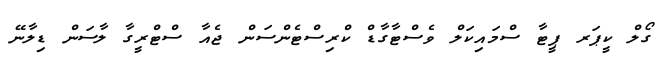
ގޯލް ކީޕަރ ޕީޓާ ސްމައިކަލް ވެސްޓާގާޑް ކްރިސްޓެންސަން ޖެއާ ސްޓްރީގާ ލާސަން ޑިލާނޭ